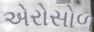
એરોસોળ